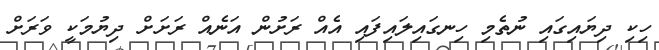
ހިކި ދިޔައިގައި ނުތެމި ހިނގައިލައިފައި އެއް ރަށުން އަނެއް ރަށަށް ދިޔުމަކީ ވަރަށް